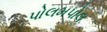
પોલમપોલ